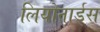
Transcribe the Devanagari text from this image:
लियोनार्डस